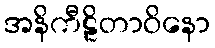
အနိကီဠိတာဝိနော